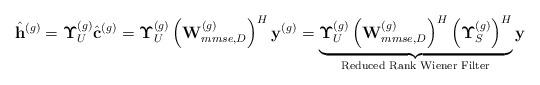
LaTeX: \begin{align*}\hat{\mathbf{h}}^{(g)}=\boldsymbol{\Upsilon}_{U}^{(g)}\hat{\mathbf{c}}^{(g)} =\boldsymbol{\Upsilon}_{U}^{(g)}\left(\mathbf{W}_{mmse,D}^{(g)}\right)^H\mathbf{y}^{(g)}=\underbrace{\boldsymbol{\Upsilon}_{U}^{(g)}\left(\mathbf{W}_{mmse,D}^{(g)}\right)^H{\left(\boldsymbol{\Upsilon}_S^{(g)}\right)^H}}_{\textrm{Reduced Rank Wiener Filter}}\mathbf{y}\end{align*}